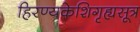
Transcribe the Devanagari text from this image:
हिरण्यकेशिगृह्यसूत्र